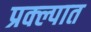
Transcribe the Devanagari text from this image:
प्रक्ल्पात